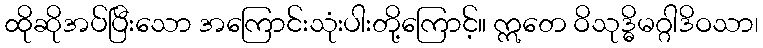
ထိုဆိုအပ်ပြီးသော အကြောင်းသုံးပါးတို့ကြောင့်။ ဣတေ ဝိသုဒ္ဓိမဂ္ဂါဒိဝသာ၊